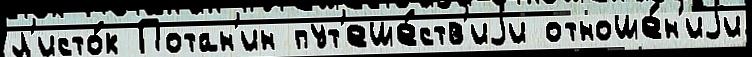
л'исто́к Потан'ин пут'еше́ств'иjи отноше́н'иjи